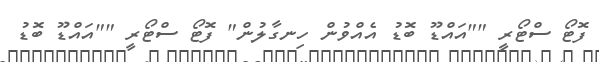
ފޮޓޯ ސްޓޯރީ ""އައްޑޫ ބޮޑު އެއްވުން ހިނގާލުން" ފޮޓޯ ސްޓޯރީ ""އައްޑޫ ބޮޑު